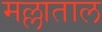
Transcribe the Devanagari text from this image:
मल्लाताल